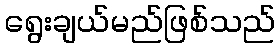
ရွေးချယ်မည်ဖြစ်သည်